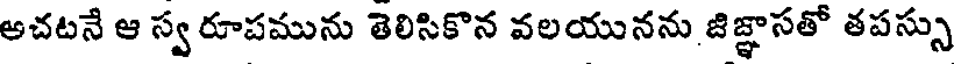
అచటనే ఆ స్వరూపమును తెలిసికొన వలయునను జిజ్ఞాసతో తపస్సు